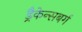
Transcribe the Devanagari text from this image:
ड्रैकेन्सबर्ग